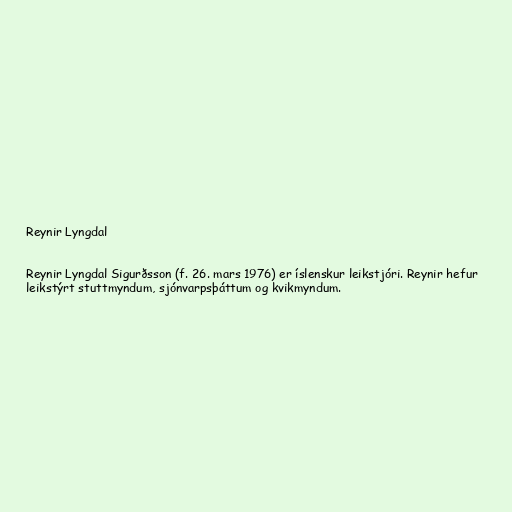
Reynir Lyngdal

Reynir Lyngdal Sigurðsson (f. 26. mars 1976) er íslenskur leikstjóri. Reynir hefur
leikstýrt stuttmyndum, sjónvarpsþáttum og kvikmyndum.